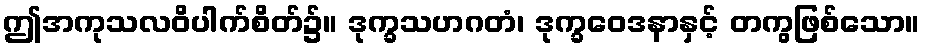
ဤအကုသလဝိပါက်စိတ်၌။ ဒုက္ခသဟဂတံ၊ ဒုက္ခဝေဒနာနှင့် တကွဖြစ်သော။